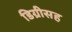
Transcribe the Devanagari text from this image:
डिग्रीसह